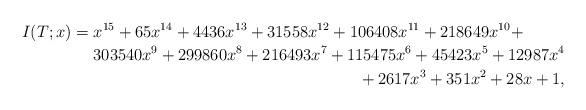
LaTeX: \begin{align*}I(T;x) =\!\begin{multlined}[t] x^{15} + 65x^{14} + 4436x^{13} + 31558x^{12} + 106408x^{11} + 218649x^{10} + \\303540x^9 +299860x^8 + 216493x^7 + 115475x^6 + 45423x^5 + 12987x^4 \\+ 2617x^3 + 351x^2 + 28x + 1, \end{multlined}\end{align*}